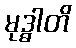
မုဒ္ဓါတိ